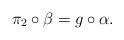
LaTeX: \begin{align*} \pi_2\circ\beta=g\circ\alpha. \end{align*}